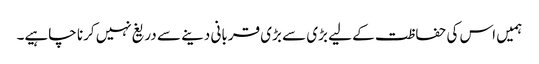
ہمیں اس کی حفاظت کے لیے بڑی سے بڑی قربانی دینے سے دریغ نہیں کرنا چاہیے۔